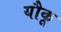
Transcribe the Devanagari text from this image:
यौकू